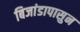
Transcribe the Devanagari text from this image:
बिजांडापासुन